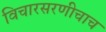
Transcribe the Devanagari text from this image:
विचारसरणीचाच